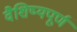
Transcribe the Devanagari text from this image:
वैशिष्यपूर्ण